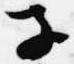
子